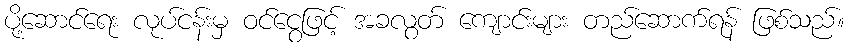
ပို့ဆောင်ရေး လုပ်ငန်းမှ ဝင်ငွေဖြင့် အခလွတ် ကျောင်းများ တည်ဆောက်ရန် ဖြစ်သည်။